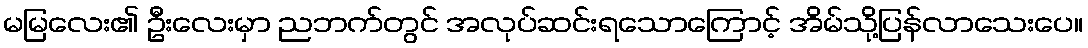
မမြလေး၏ ဦးလေးမှာ ညဘက်တွင် အလုပ်ဆင်းရသောကြောင့် အိမ်သို့ပြန်လာသေးပေ။